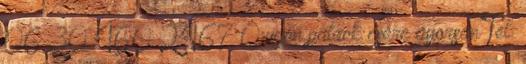
06 30 460 2467 Oxigén palack csere gyorsan Tel: